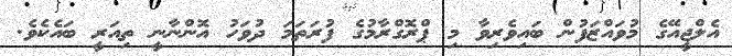
އެލްޖީއޭގެ މުވައްޒަފުން ބައިވެރިވާ މި ޕްރޮގްރާމުގެ ފުރަތަމަ ދުވަހު އޮންނާނީ ތިއަރީ ބައެކެވެ.